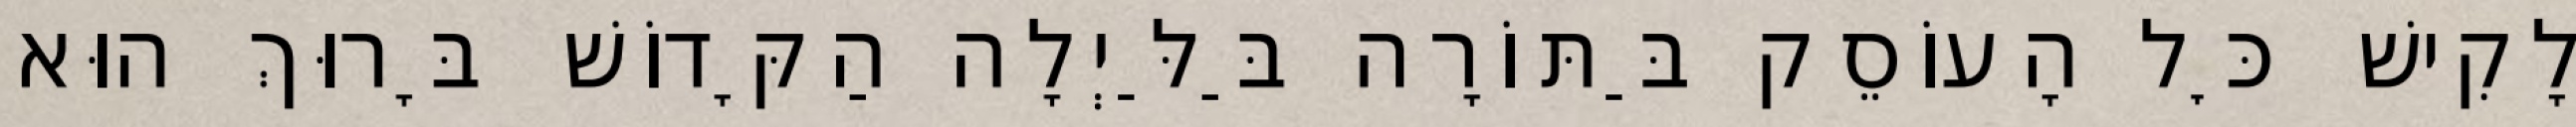
לָקִישׁ כׇּל הָעוֹסֵק בַּתּוֹרָה בַּלַּיְלָה הַקָּדוֹשׁ בָּרוּךְ הוּא